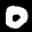
Label: 0